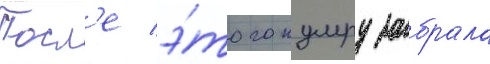
Посл'е э́того кумру забрала